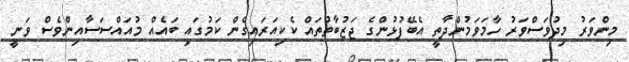
މިންވަރު މިދުވަސްވަރު ހާމަވަމުންދާތީ އެބޭފުޅުންގެ ޖަޒުބާތުތައް ކެކިއަރައިގެން ކަމުގައި ބައެއް މުއައްސަސާއިންވެސް ވަނީ